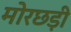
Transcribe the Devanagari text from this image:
मोरछड़ी